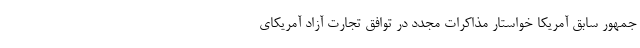
جمهور سابق آمریکا خواستار مذاکرات مجدد در توافق تجارت آزاد آمریکای